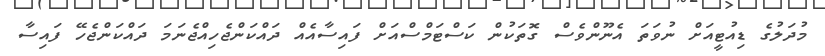
މުދަލުގެ ޑިއުޓީއަށް ނުވަތަ އެނޫންވެސް ގޮތަކުން ކަސްޓަމްސްއަށް ފައިސާއެއް ދައްކަންޖެހިއްޖެނަމަ ދައްކަންޖެހޭ ފައިސާ